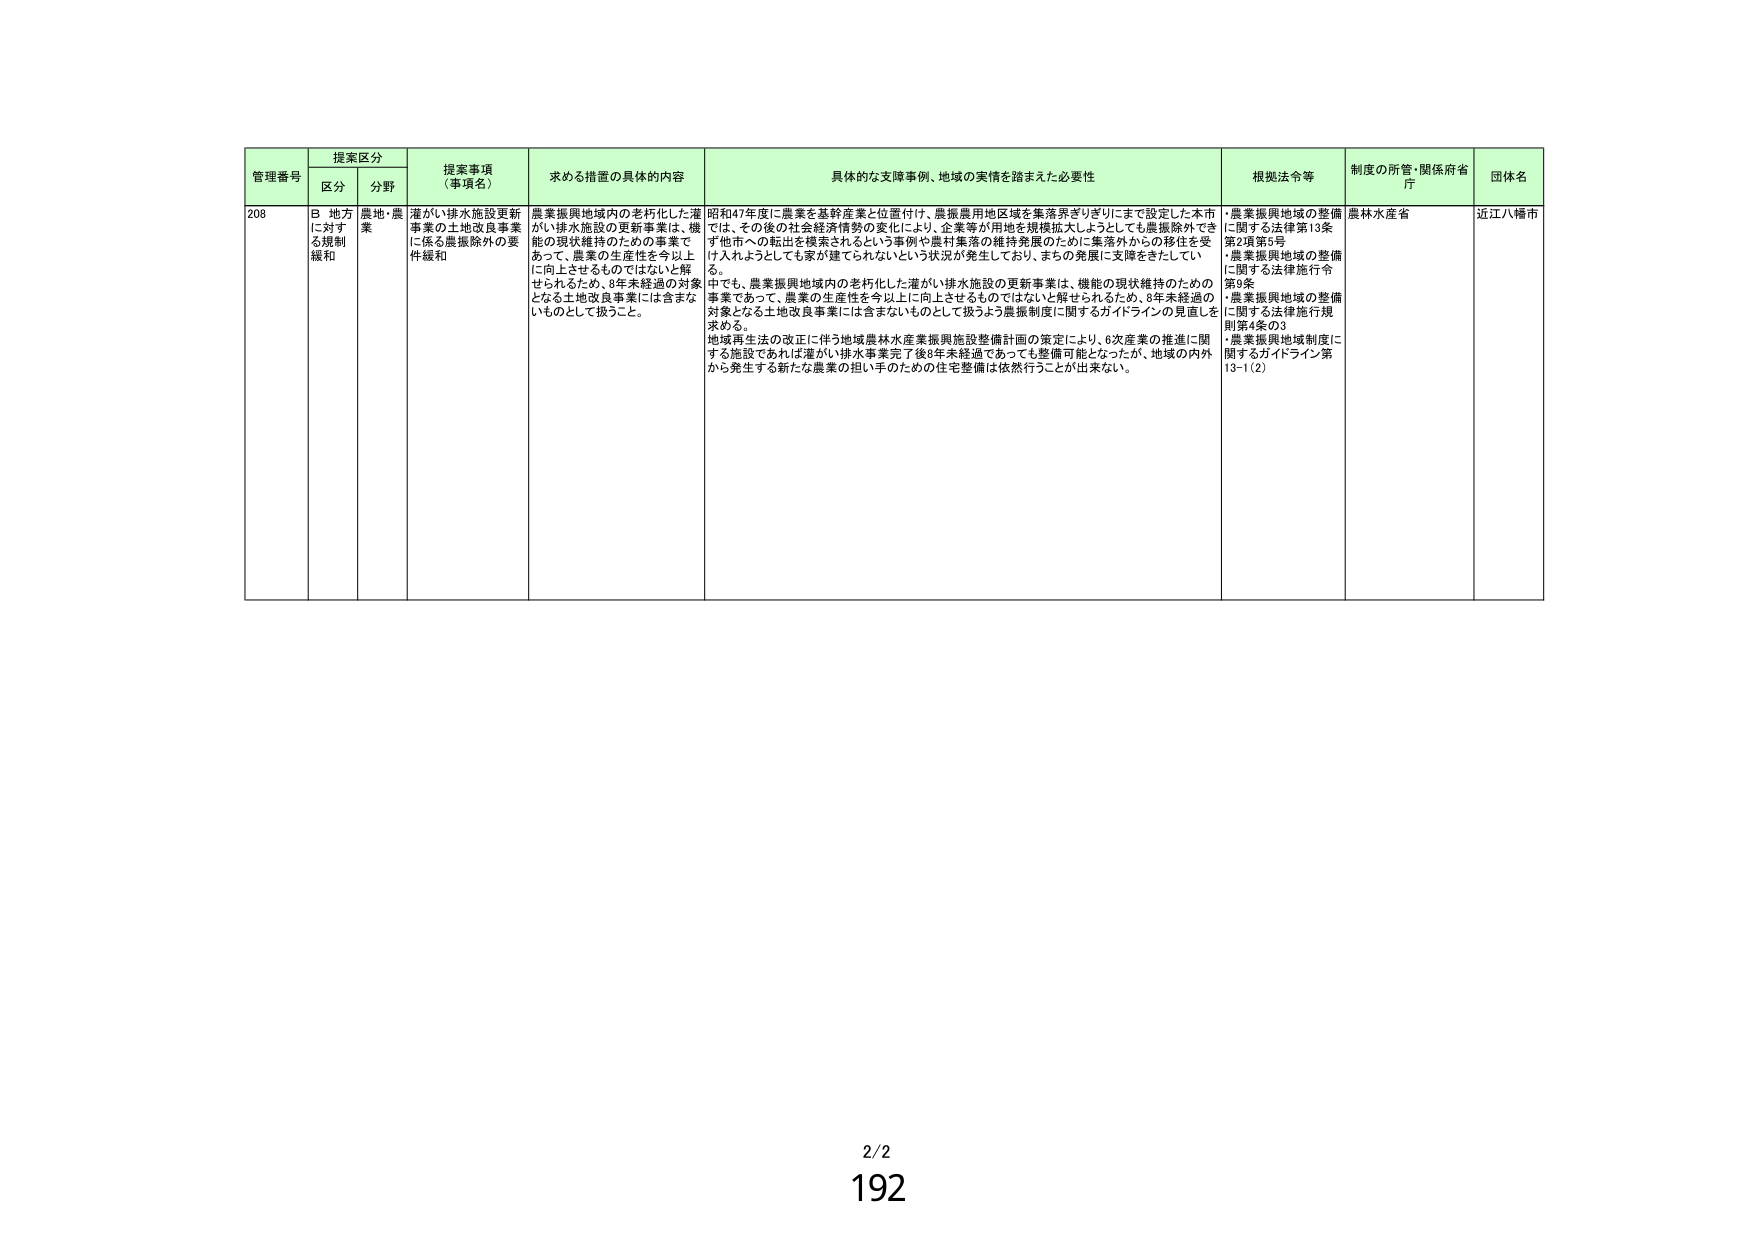
管理番号 提案区分 提案事項（事項名） 求める措置の具体的内容 具体的な支援事例、地域の実情を踏まえた必要性 根拠法令等 制度の所管・関係府省庁 団体名
区分 分野
208 B 地方に対する規制緩和 農地・農業 灌がい排水施設更新事業の土地改良事業に係る農振除外の要件緩和 農業振興地域内の老朽化した灌がい排水施設の更新事業は、機能の現状維持のための事業であって、農業の生産性を今以上に向上させるものではないと解せられるため、8年未経過の対象となる土地改良事業には含まないものとして扱うこと。 昭和47年度に農業を基幹産業と位置付け、農振農用地区域を集落界ぎりぎりにまで設定した本市では、その後の社会経済情勢の変化により、企業等が用地を規模拡大しようとしても農振除外できず他市への転出を模索されるという事例や農村集落の維持発展のために集落外からの移住を受け入れようとしても家が建てられないという状況が発生しており、まちの発展に支障をきたしている。 中でも、農業振興地域内の老朽化した灌がい排水施設の更新事業は、機能の現状維持のための事業であって、農業の生産性を今以上に向上させるものではないと解せられるため、8年未経過の対象となる土地改良事業には含まないものとして扱うよう農振制度に関するガイドラインの見直しを求める。 地域再生法の改正に伴う地域農林水産業振興施設整備計画の策定により、6次産業の推進に関する施設であれば灌がい排水事業完了後8年未経過であっても整備可能となったが、地域の内外から発生する新たな農業の担い手のための住宅整備は依然行うことが出来ない。 ・農業振興地域の整備に関する法律第13条第2項第5号 ・農業振興地域の整備に関する法律施行令第9条 ・農業振興地域の整備に関する法律施行規則第4条の3 ・農業振興地域制度に関するガイドライン第13-1(2) 農林水産省 近江八幡市
2/2
192